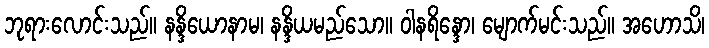
ဘုရားလောင်းသည်။ နန္ဒိယောနာမ၊ နန္ဒိယမည်သော။ ဝါနရိန္ဒော၊ မျောက်မင်းသည်။ အဟောသိ၊